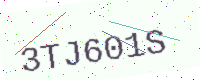
Text: 3TJ601S